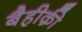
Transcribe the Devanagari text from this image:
बैहीक़ी